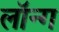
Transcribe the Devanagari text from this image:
लॉन्‍ग